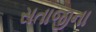
સતાજીના